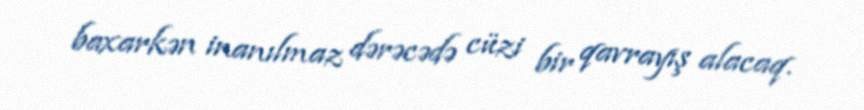
baxarkən inanılmaz dərəcədə cüzi bir qavrayış alacaq.